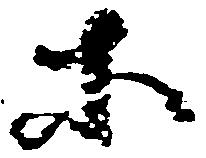
等